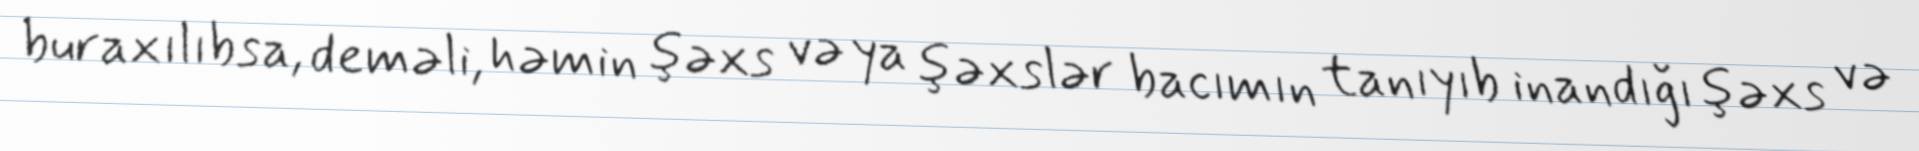
buraxılıbsa, deməli, həmin şəxs və ya şəxslər bacımın tanıyıb inandığı şəxs və